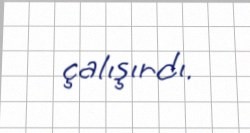
çalışırdı.